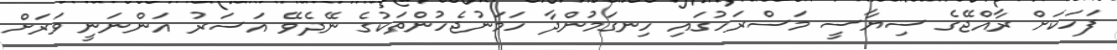
ފަހަކަށް ރާއްޖޭގެ ސިޔާސީ މަސްރަހުގައި ހިނގަމުންދާ ހަމަނުޖެހުންތަކުގެ ނޭދެވޭ އަސަރު އަންނަނީ ވަރަށް